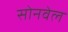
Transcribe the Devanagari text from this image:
सोनवेल